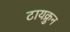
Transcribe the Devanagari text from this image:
टायक्रुन